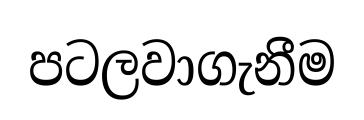
පටලවාගැනීම